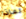
لماذا